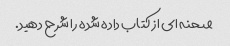
صحنه ای از کتاب داده شده را شرح دهید.